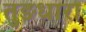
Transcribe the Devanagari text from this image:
तुङधारा